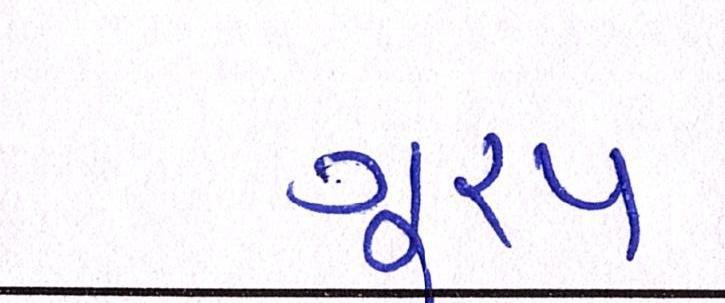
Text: ગૂ્રપ